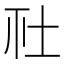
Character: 𡉹